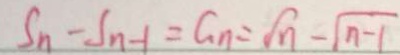
S _ { n } - S _ { n - 1 } = G _ { n } = \sqrt { n } - \sqrt { n - 1 }